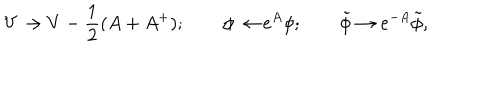
V \to V - \frac { 1 } { 2 } ( A + A ^ { + } ) ; \qquad \phi \to e ^ { A } \phi ; \qquad \tilde { \phi } \to e ^ { - A } \tilde { \phi } ,